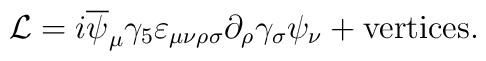
{\cal L}=i\overline{\psi }_{\mu }\gamma _{5}\varepsilon _{\mu \nu \rho\sigma }\partial _{\rho }\gamma _{\sigma }\psi _{\nu }+{\rm vertices.}